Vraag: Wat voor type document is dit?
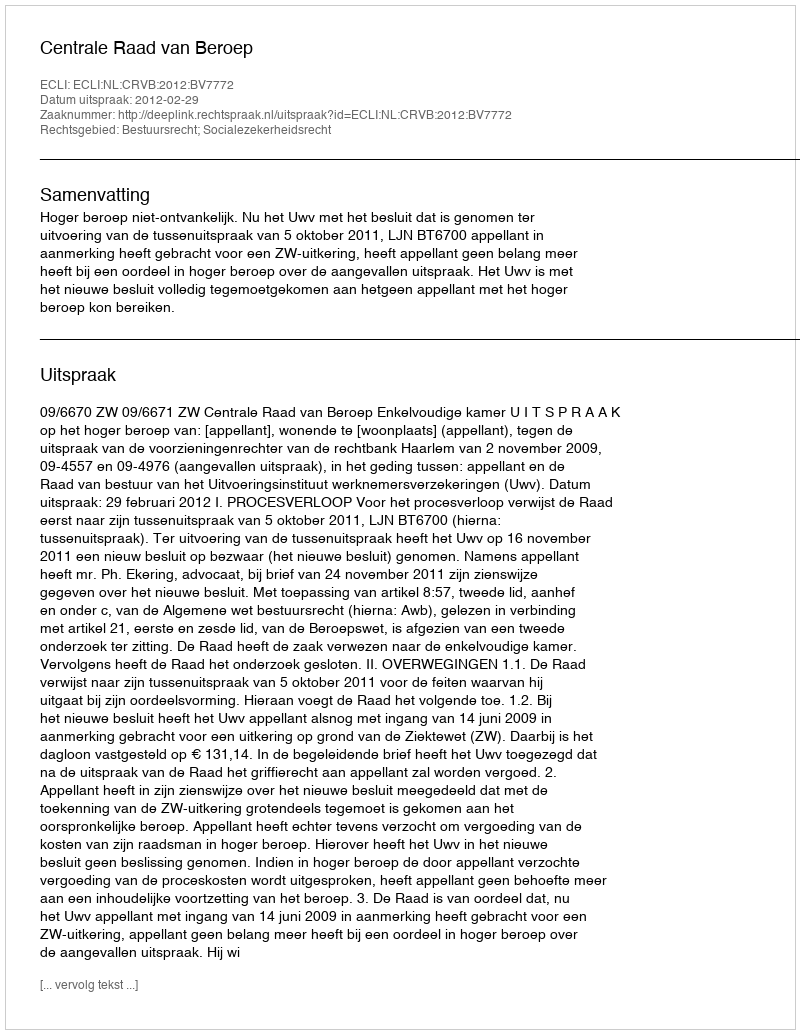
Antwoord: Uitspraak